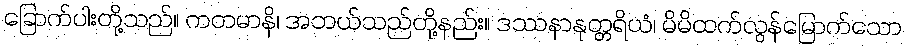
ခြောက်ပါးတို့သည်။ ကတမာနိ၊ အဘယ်သည်တို့နည်း။ ဒဿနာနုတ္တရိယံ၊ မိမိထက်လွန်မြောက်သော